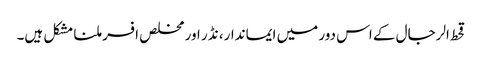
قحط الرجال کے اس دور میں ایماندار، نڈر اور مخلص افسر ملنا مشکل ہیں۔